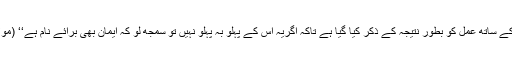
چنانچہ ہمیشہ ایمان کے ساتھ عمل کو بطور نتیجہ کے ذکر کیا گیا ہے تاکہ اگریہ اس کے پہلو بہ پہلو نہیں تو سمجھ لو کہ ایمان بھی برائے نام ہے‘‘ (مولانا حمیدالدین فراہیؒ ۔